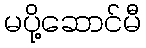
မပို့ဆောင်မီ